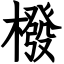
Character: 橃